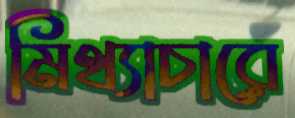
মিথ্যাচারে